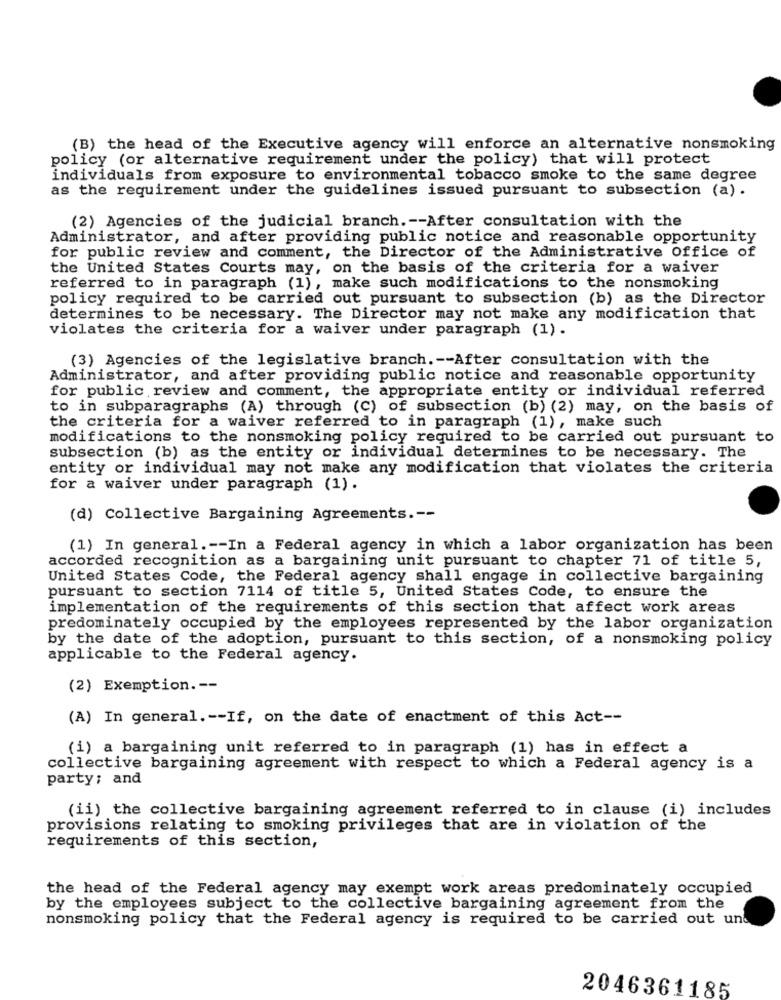
(B) the head of the Executive agency will enforce an alternative nonsmoking
policy (or alternative requirement under the policy) that will protect
individuals from exposure to environmental tobacco smoke to the same degree
as the requirement under the guidelines issued pursuant to subsection (a) .
(2) Agencies of the judicial branch. -- After consultation with the
Administrator, and after providing public notice and reasonable opportunity
for public review and comment, the Director of the Administrative Office of
the United States Courts may, on the basis of the criteria for a waiver
referred to in paragraph (1), make such modifications to the nonsmoking
policy required to be carried out pursuant to subsection (b) as the Director
determines to be necessary. The Director may not make any modification that
violates the criteria for a waiver under paragraph (1) .
(3) Agencies of the legislative branch .-- After consultation with the
Administrator, and after providing public notice and reasonable opportunity
for public review and comment, the appropriate entity or individual referred
to in subparagraphs (A) through (C) of subsection (b) (2) may, on the basis of
the criteria for a waiver referred to in paragraph (1), make such
modifications to the nonsmoking policy required to be carried out pursuant to
subsection (b) as the entity or individual determines to be necessary. The
entity or individual may not make any modification that violates the criteria
for a waiver under paragraph (1) .
(d) Collective Bargaining Agreements .--
(1) In general .-- In a Federal agency in which a labor organization has been
accorded recognition as a bargaining unit pursuant to chapter 71 of title 5,
United States Code, the Federal agency shall engage in collective bargaining
pursuant to section 7114 of title 5, United States Code, to ensure the
implementation of the requirements of this section that affect work areas
predominately occupied by the employees represented by the labor organization
by the date of the adoption, pursuant to this section, of a nonsmoking policy
applicable to the Federal agency.
(2) Exemption. --
(A) In general .-- If, on the date of enactment of this Act --
(i) a bargaining unit referred to in paragraph (1) has in effect a
collective bargaining agreement with respect to which a Federal agency is a
party; and
(ii) the collective bargaining agreement referred to in clause (i) includes
provisions relating to smoking privileges that are in violation of the
requirements of this section,
the head of the Federal agency may exempt work areas predominately occupied
by the employees subject to the collective bargaining agreement from the
nonsmoking policy that the Federal agency is required to be carried out und
2046361185